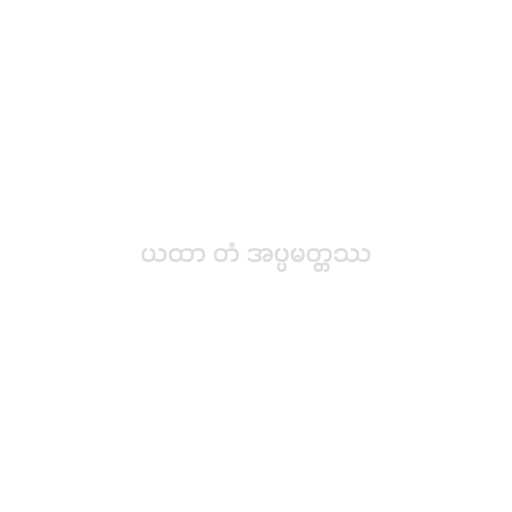
ယထာ တံ အပ္ပမတ္တဿ